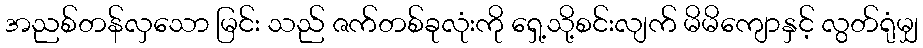
အညစ်တန်လှသော မြင်း သည် ဇက်တစ်ခုလုံးကို ရှေ့သို့စင်းလျက် မိမိကျောနှင့် လွတ်ရုံမျှ